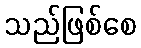
သည်ဖြစ်စေ